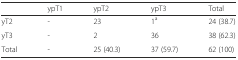
<table><thead><tr><td></td><td><b>ypT1</b></td><td><b>ypT2</b></td><td><b>ypT3</b></td><td><b>Total</b></td></tr></thead><tbody><tr><td>yT2</td><td>-</td><td>23</td><td>1<sup>a</sup></td><td>24 (38.7)</td></tr><tr><td>yT3</td><td>-</td><td>2</td><td>36</td><td>38 (62.3)</td></tr><tr><td>Total</td><td>-</td><td>25 (40.3)</td><td>37 (59.7)</td><td>62 (100)</td></tr></tbody></table>